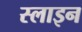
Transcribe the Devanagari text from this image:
स्लाइन